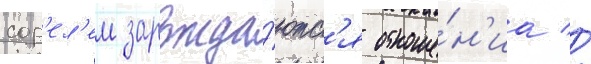
сор'ел'ем зарожда́ютс'я отноше́н'иа //